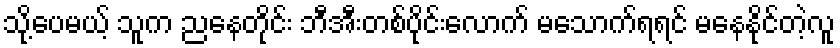
သို့ပေမယ့် သူက ညနေတိုင်း ဘီအီးတစ်ပိုင်းလောက် မသောက်ရရင် မနေနိုင်တဲ့လူ